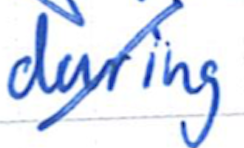
Text: during
Cross-out: diagonal
Writing tool: ballpoint